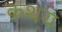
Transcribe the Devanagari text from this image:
कथय